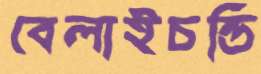
বেলাইচন্ডি